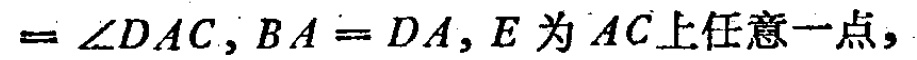
$= \angle DAC, BA = DA, E\text{ 为 }AC\text{上任意一点},$